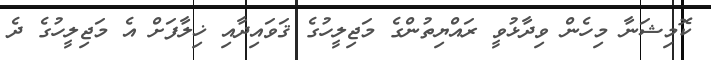
ކޮމިޝަނާ މިހެން ވިދާޅުވީ ރައްޔިތުންގެ މަޖިލީހުގެ ޤަވައިދާއި ޚިލާފަށް އެ މަޖިލީހުގެ ދެ